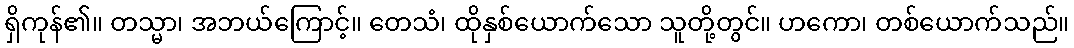
ရှိကုန်၏။ တသ္မာ၊ အဘယ်ကြောင့်။ တေသံ၊ ထိုနှစ်ယောက်သော သူတို့တွင်။ ဟကော၊ တစ်ယောက်သည်။